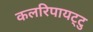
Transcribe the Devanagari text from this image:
कलरिपायट्टु